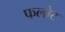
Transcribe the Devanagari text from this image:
फलोट